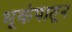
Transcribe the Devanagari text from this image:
भूकंपातून